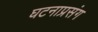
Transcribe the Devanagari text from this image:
घटनाप्रसंग